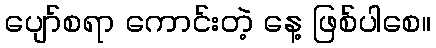
ပျော်စရာ ကောင်းတဲ့ နေ့ ဖြစ်ပါစေ။